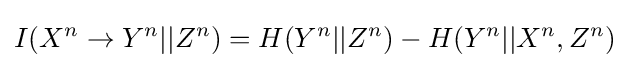
I(X^{n}\to Y^{n}||Z^{n})=H(Y^{n}||Z^{n})-H(Y^{n}||X^{n},Z^{n})